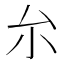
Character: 厼